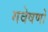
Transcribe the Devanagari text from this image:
गवेषणों